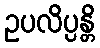
ဥပလိပ္ပန္တိ